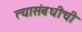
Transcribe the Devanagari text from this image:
त्यासंबधीची